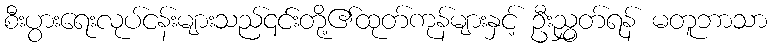
စီးပွားရေးလုပ်ငန်းများသည်၎င်းတို့၏ထုတ်ကုန်များနှင့် ဦးညွှတ်ရန် မတူဘာသာ